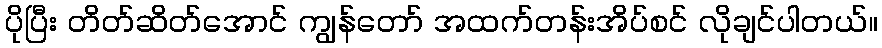
ပိုပြီး တိတ်ဆိတ်အောင် ကျွန်တော် အထက်တန်းအိပ်စင် လိုချင်ပါတယ်။